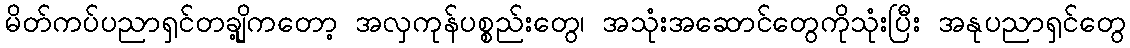
မိတ်ကပ်ပညာရှင်တချို့ကတော့ အလှကုန်ပစ္စည်းတွေ၊ အသုံးအဆောင်တွေကိုသုံးပြီး အနုပညာရှင်တွေ